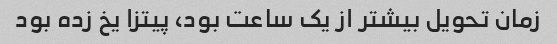
زمان تحویل بیشتر از یک ساعت بود، پیتزا یخ زده بود